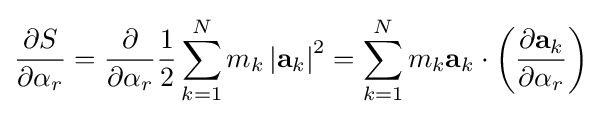
{\frac {\partial S}{\partial \alpha _{r}}}={\frac {\partial }{\partial \alpha _{r}}}{\frac {1}{2}}\sum _{k=1}^{N}m_{k}\left|\mathbf {a} _{k}\right|^{2}=\sum _{k=1}^{N}m_{k}\mathbf {a} _{k}\cdot \left({\frac {\partial \mathbf {a} _{k}}{\partial \alpha _{r}}}\right)